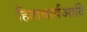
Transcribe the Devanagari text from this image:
हिताचार्यआदि